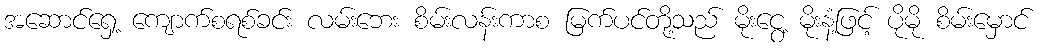
အဆောင်ရှေ့ ကျောက်စရစ်ခင်း လမ်းဘေး စိမ်းလန်းကာစ မြက်ပင်တို့သည် မိုးငွေ့ မိုးနံ့ဖြင့် ပိုမို စိမ်းမှောင်